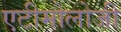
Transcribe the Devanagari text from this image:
एटीमोलोजी